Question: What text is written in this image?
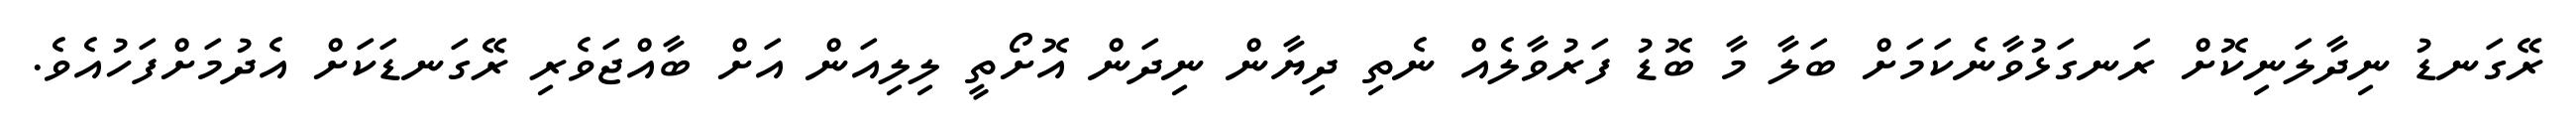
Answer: ރޭގަނޑު ނިދާލަނިކޮށް ރަނގަޅުވާނެކަމަށް ބަލާ މާ ބޮޑު ފަރުވާލެއް ނެތި ދިޔާން ނިދަން އޮށޯތީ ލިލިއަން އަށް ބާއްޖަވެރި ރޭގަނޑަކަށް އެދުމަށްފަހުއެވެ.